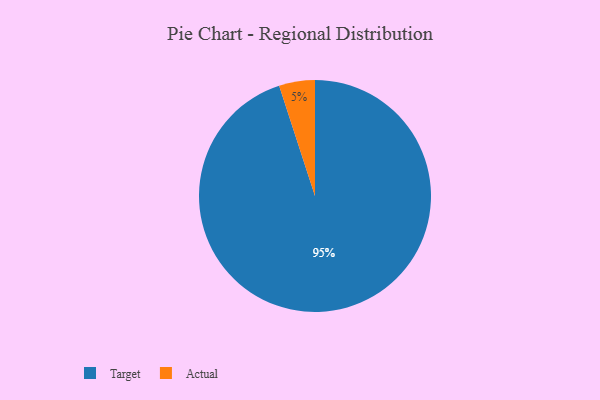
{"axis": {"x": "Category", "y": "Percentage"}, "legend": ["Actual", "Target"], "data": [{"x": "Actual", "y": 5, "type": "Actual"}, {"x": "Target", "y": 95, "type": "Target"}]}